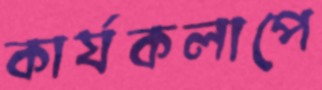
কার্যকলাপে